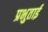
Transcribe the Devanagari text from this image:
प्रभुताई